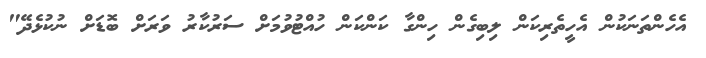
އެހެންތަނަކުން އެހީތެރިކަން ލިބިގެން ހިންގާ ކަންކަން ހުއްޓުވުމަށް ސަރުކާރު ވަރަށް ބޮޑަށް ނުކުޅެދޭ"